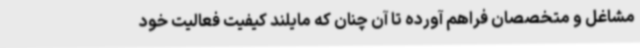
مشاغل و متخصصان فراهم آورده تا آن چنان که مایلند کیفیت فعالیت خود